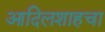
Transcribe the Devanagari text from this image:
आदिलशाहचा